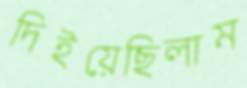
দিইয়েছিলাম